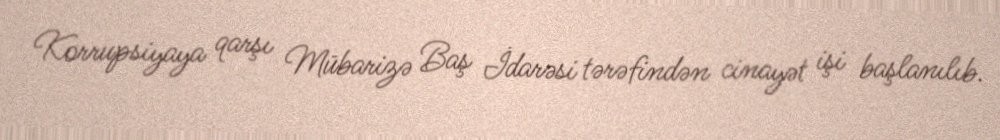
Korrupsiyaya qarşı Mübarizə Baş İdarəsi tərəfindən cinayət işi başlanılıb.